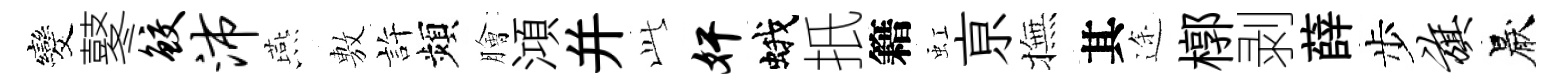
发鼕鲛沛燕𢾾許頻膾澒并𬼘奸蛾扺籍虹亰撫其途槨剥薛步旗厭